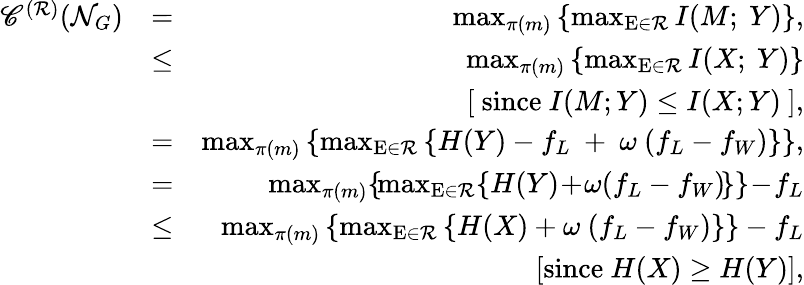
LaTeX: \begin{array}{rlr}{\mathscr{C}^{(\mathcal{R})}(\mathcal{N}_{G})}&{=}&{\operatorname*{max}_{\pi(m)}\left\{ \operatorname*{max}_{\mathrm{E}\in\mathcal{R}}I(M;~Y)\right\} ,}\\ &{\leq}&{\operatorname*{max}_{\pi(m)}\left\{ \operatorname*{max}_{\mathrm{E}\in\mathcal{R}}I(X;~Y)\right\} }\\ &{~}&{[~\mathrm{since}~I(M;Y)\leq I(X;Y)~],}\\ &{=}&{\operatorname*{max}_{\pi(m)}\left\{ \operatorname*{max}_{\mathrm{E}\in\mathcal{R}}\left\{ H(Y)-f_{L}~+~\omega~(f_{L}-f_{W})\right\} \right\} ,}\\ &{=}&{\operatorname*{max}_{\pi(m)}\! \left\{ \! \operatorname*{max}_{\mathrm{E}\in\mathcal{R}}\! \left\{ H(Y)\! +\! \omega(f_{L}-f_{W})\! \right\} \right\} \! -\! f_{L}}\\ &{\leq}&{\operatorname*{max}_{\pi(m)}\left\{ \operatorname*{max}_{\mathrm{E}\in\mathcal{R}}\left\{ H(X)+\omega~(f_{L}-f_{W})\right\} \right\} -f_{L}}\\ &{~}&{[\mathrm{since}~H(X)\geq H(Y)],}\end{array}